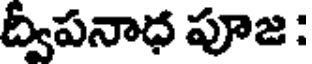
ద్వీపనాధ పూజ :